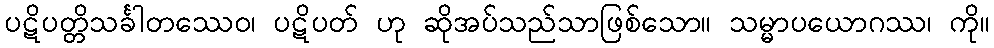
ပဋိပတ္တိသင်္ခါတဿေဝ၊ ပဋိပတ် ဟု ဆိုအပ်သည်သာဖြစ်သော။ သမ္မာပယောဂဿ၊ ကို။